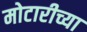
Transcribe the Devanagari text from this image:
मोटारीच्या